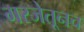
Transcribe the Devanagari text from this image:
गरजेतूनच